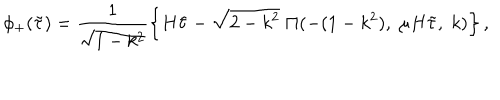
LaTeX: \phi _ { + } ( \tilde { \tau } ) = \frac { 1 } { \sqrt { 1 - k ^ { 2 } } } \left\{ H \tilde { \tau } - \sqrt { 2 - k ^ { 2 } } \; \Pi ( - ( 1 - k ^ { 2 } ) , \; \mu H \tilde { \tau } , \; k ) \right\} ,